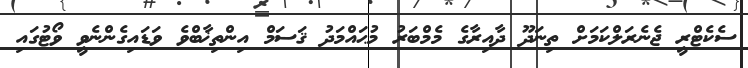
ސެކެޓްރީ ޖެނެރަލްކަމަށް ތިނަދޫ ދާއިރާގެ މެމްބަރު މުޙައްމަދު ޤަސަމް އިންތިޚާބްވެ ވަޑައިގެންނެވީ ވޯޓުގައި